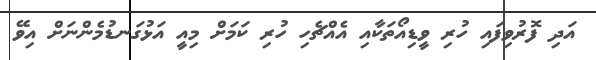
އަދި ފޮރުވިފައި ހުރި ވީޑިއޯތަކާއި އެއްޗެހި ހުރި ކަމަށް މިއީ އަޅުގަނޑުމެންނަށް އިވޭ